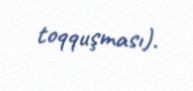
toqquşması).